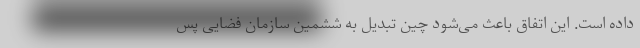
داده است. این اتفاق باعث می‌شود چین تبدیل به ششمین سازمان فضایی پس